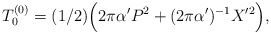
\begin{align*}T_0^{(0)} = (1/2) \Bigl(2\pi\alpha'P^2 + (2\pi\alpha')^{-1} X'^2\Bigr),\end{align*}